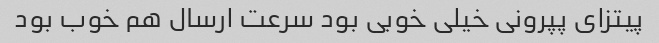
پیتزای پپرونی خیلی خوبی بود سرعت ارسال هم خوب بود